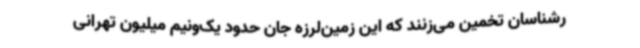
رشناسان تخمین می‌زنند که این زمین‌لرزه جان حدود یک‌ونیم میلیون تهرانی